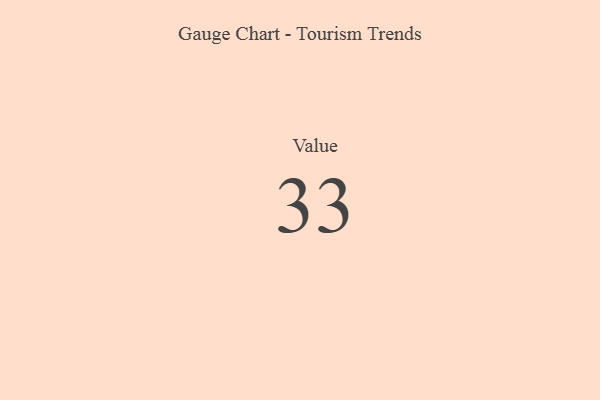
{"axis": {"x": "Metric", "y": "Value"}, "legend": [""], "data": [{"x": "Value", "y": 33, "type": ""}]}